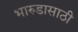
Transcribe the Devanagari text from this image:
भारुडासाठी